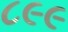
૮૯૯